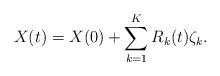
LaTeX: \begin{align*}X(t) = X(0) + \sum_{k=1}^K R_k(t) \zeta_k.\end{align*}